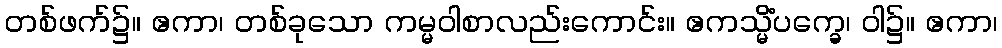
တစ်ဖက်၌။ ဧကာ၊ တစ်ခုသော ကမ္မဝါစာလည်းကောင်း။ ဧကသ္မိံပက္ခေ၊ ဝါ၌။ ဧကာ၊